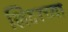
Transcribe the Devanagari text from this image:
लिटरच्या